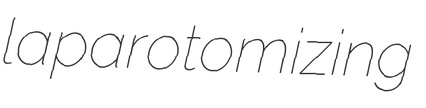
laparotomizing